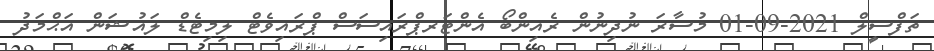
ތަފްސީލް 2021-09-01 މުސާރަ ނުދިނުން ރެއިންބޯ އެންޓަރޕްރައިސަސް ޕްރައިވެޓް ލިމިޓެޑް ލައުޝަން އަޙްމަދު